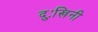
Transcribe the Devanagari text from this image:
दुःखिनी